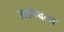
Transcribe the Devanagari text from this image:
अहमदला